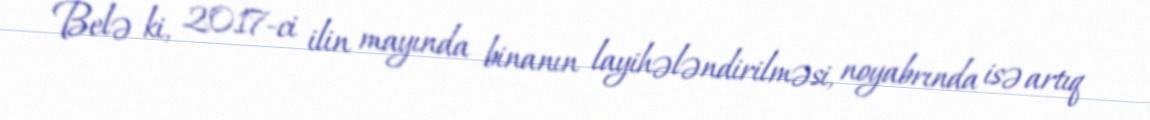
Belə ki, 2017-ci ilin mayında binanın layihələndirilməsi, noyabrında isə artıq